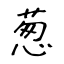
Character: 葱